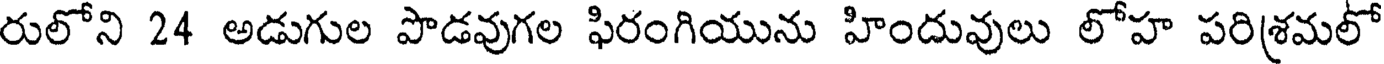
రులోని 24 అడుగుల పొడవుగల ఫిరంగియును హిందువులు లోహ పరిశ్రమలో